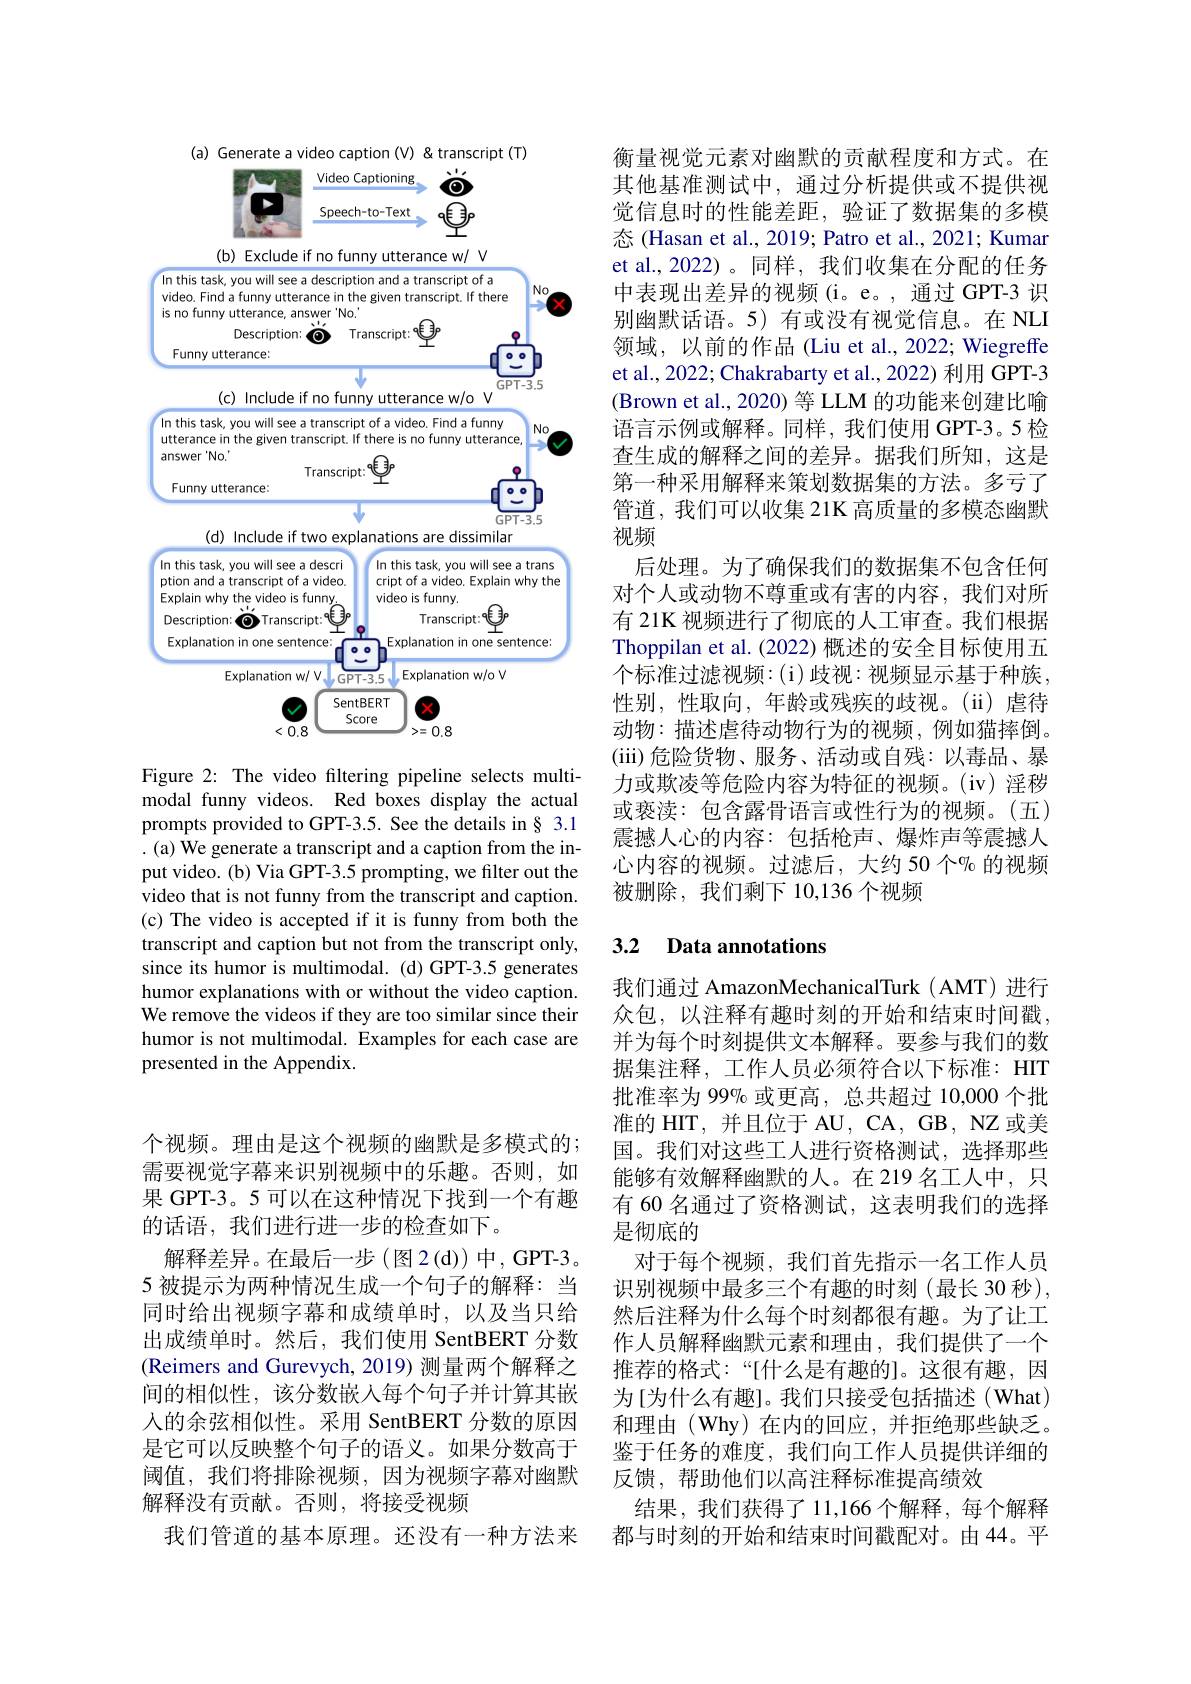
个视频。理由是这个视频的幽默是多模式的； 需要视觉字幕来识别视频中的乐趣。否则，如果 GPT-3。5 可以在这种情况下找到一个有趣的话语，我们进行进一步的检查如下。
解释差异。在最后一步(图2(d))中，GPT-3。5 被提示为两种情况生成一个句子的解释：当同时给出视频字幕和成绩单时，以及当只给出成绩单时。然后，我们使用 SentBERT 分数(Reimers and Gurevych, 2019) 测量两个解释之间的相似性，该分数嵌入每个句子并计算其嵌人的余弦相似性。采用 SentBERT 分数的原因是它可以反映整个句子的语义。如果分数高于阈值，我们将排除视频，因为视频字幕对幽默解释没有贡献。否则，将接受视频
我们管道的基本原理。还没有一种方法来

<FigureHere>

Figure 2: The video filtering pipeline selects multimodal funny videos. Red boxes display the actual prompts provided to GPT-3.5. See the details in§ 3.1 . (a) We generate a transcript and a caption from the input video. (b) Via GPT-3.5 prompting, we filter out the video that is not funny from the transcript and caption. (c) The video is accepted if it is funny from both the transcript and caption but not from the transcript only, since its humor is multimodal. (d) GPT-3.5 generates humor explanations with or without the video caption. We remove the videos if they are too similar since their humor is not multimodal. Examples for each case are presented in the Appendix.

衡量视觉元素对幽默的贡献程度和方式。在其他基准测试中，通过分析提供或不提供视觉信息时的性能差距，验证了数据集的多模态(Hasan et al., 2019; Patro et al., 2021; Kumar et al.,2022)。同样，我们收集在分配的任务中表现出差异的视频(i。e。,通过 GPT-3 识别幽默话语。5) 有或没有视觉信息。在 NLI 领域，以前的作品 (Liu et al., 2022; Wiegreffe et al., 2022; Chakrabarty et al., 2022) 利用 GPT-3 (Brown et al., 2020) 等 LLM 的功能来创建比喻语言示例或解释。同样，我们使用 GPT-3。5 检查生成的解释之间的差异。据我们所知，这是第一种采用解释来策划数据集的方法。多亏了管道，我们可以收集 21K 高质量的多模态幽默视频
后处理。为了确保我们的数据集不包含任何对个人或动物不尊重或有害的内容，我们对所有 21K 视频进行了彻底的人工审查。我们根据Thoppilan et al. (2022) 概述的安全目标使用五个标准过滤视频：(i)歧视：视频显示基于种族， 性别，性取向，年龄或残疾的歧视。(ii)虐待动物：描述虐待动物行为的视频，例如猫摔倒。(iii)危险货物、服务、活动或自残：以毒品、暴力或欺凌等危险内容为特征的视频。(iv)淫秽或亵渎：包含露骨语言或性行为的视频。(五) 震撼人心的内容：包括枪声、爆炸声等震撼人心内容的视频。过滤后，大约 50 个$^\mathrm{o}$6 的视频被删除，我们剩下 10,136 个视频

### 3.2 Data annotations

我们通过 AmazonMechanicalTurk ( AMT) 进行众包，以注释有趣时刻的开始和结束时间戳， 并为每个时刻提供文本解释。要参与我们的数据集注释，工作人员必须符合以下标准：HIT 批准率为 99% 或更高，总共超过 10,000 个批准的 HIT, 并且位于 AU, CA, GB, NZ 或美国。我们对这些工人进行资格测试，选择那些能够有效解释幽默的人。在219名工人中，只有 60 名通过了资格测试，这表明我们的选择是彻底的
对于每个视频，我们首先指示一名工作人员识别视频中最多三个有趣的时刻(最长 30 秒), 然后注释为什么每个时刻都很有趣。为了让工作人员解释幽默元素和理由，我们提供了一个推荐的格式：“[什么是有趣的]。这很有趣，因为[为什么有趣]。我们只接受包括描述(What) 和理由(Why)在内的回应，并拒绝那些缺乏。鉴于任务的难度，我们向工作人员提供详细的反馈，帮助他们以高注释标准提高绩效
结果，我们获得了11，166 个解释，每个解释都与时刻的开始和结束时间戳配对。由 44。平